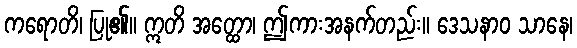
ကရောတိ၊ ပြု၏။ ဣတိ အတ္ထော၊ ဤကားအနက်တည်း။ ဒေသနာဝ သာနေ၊